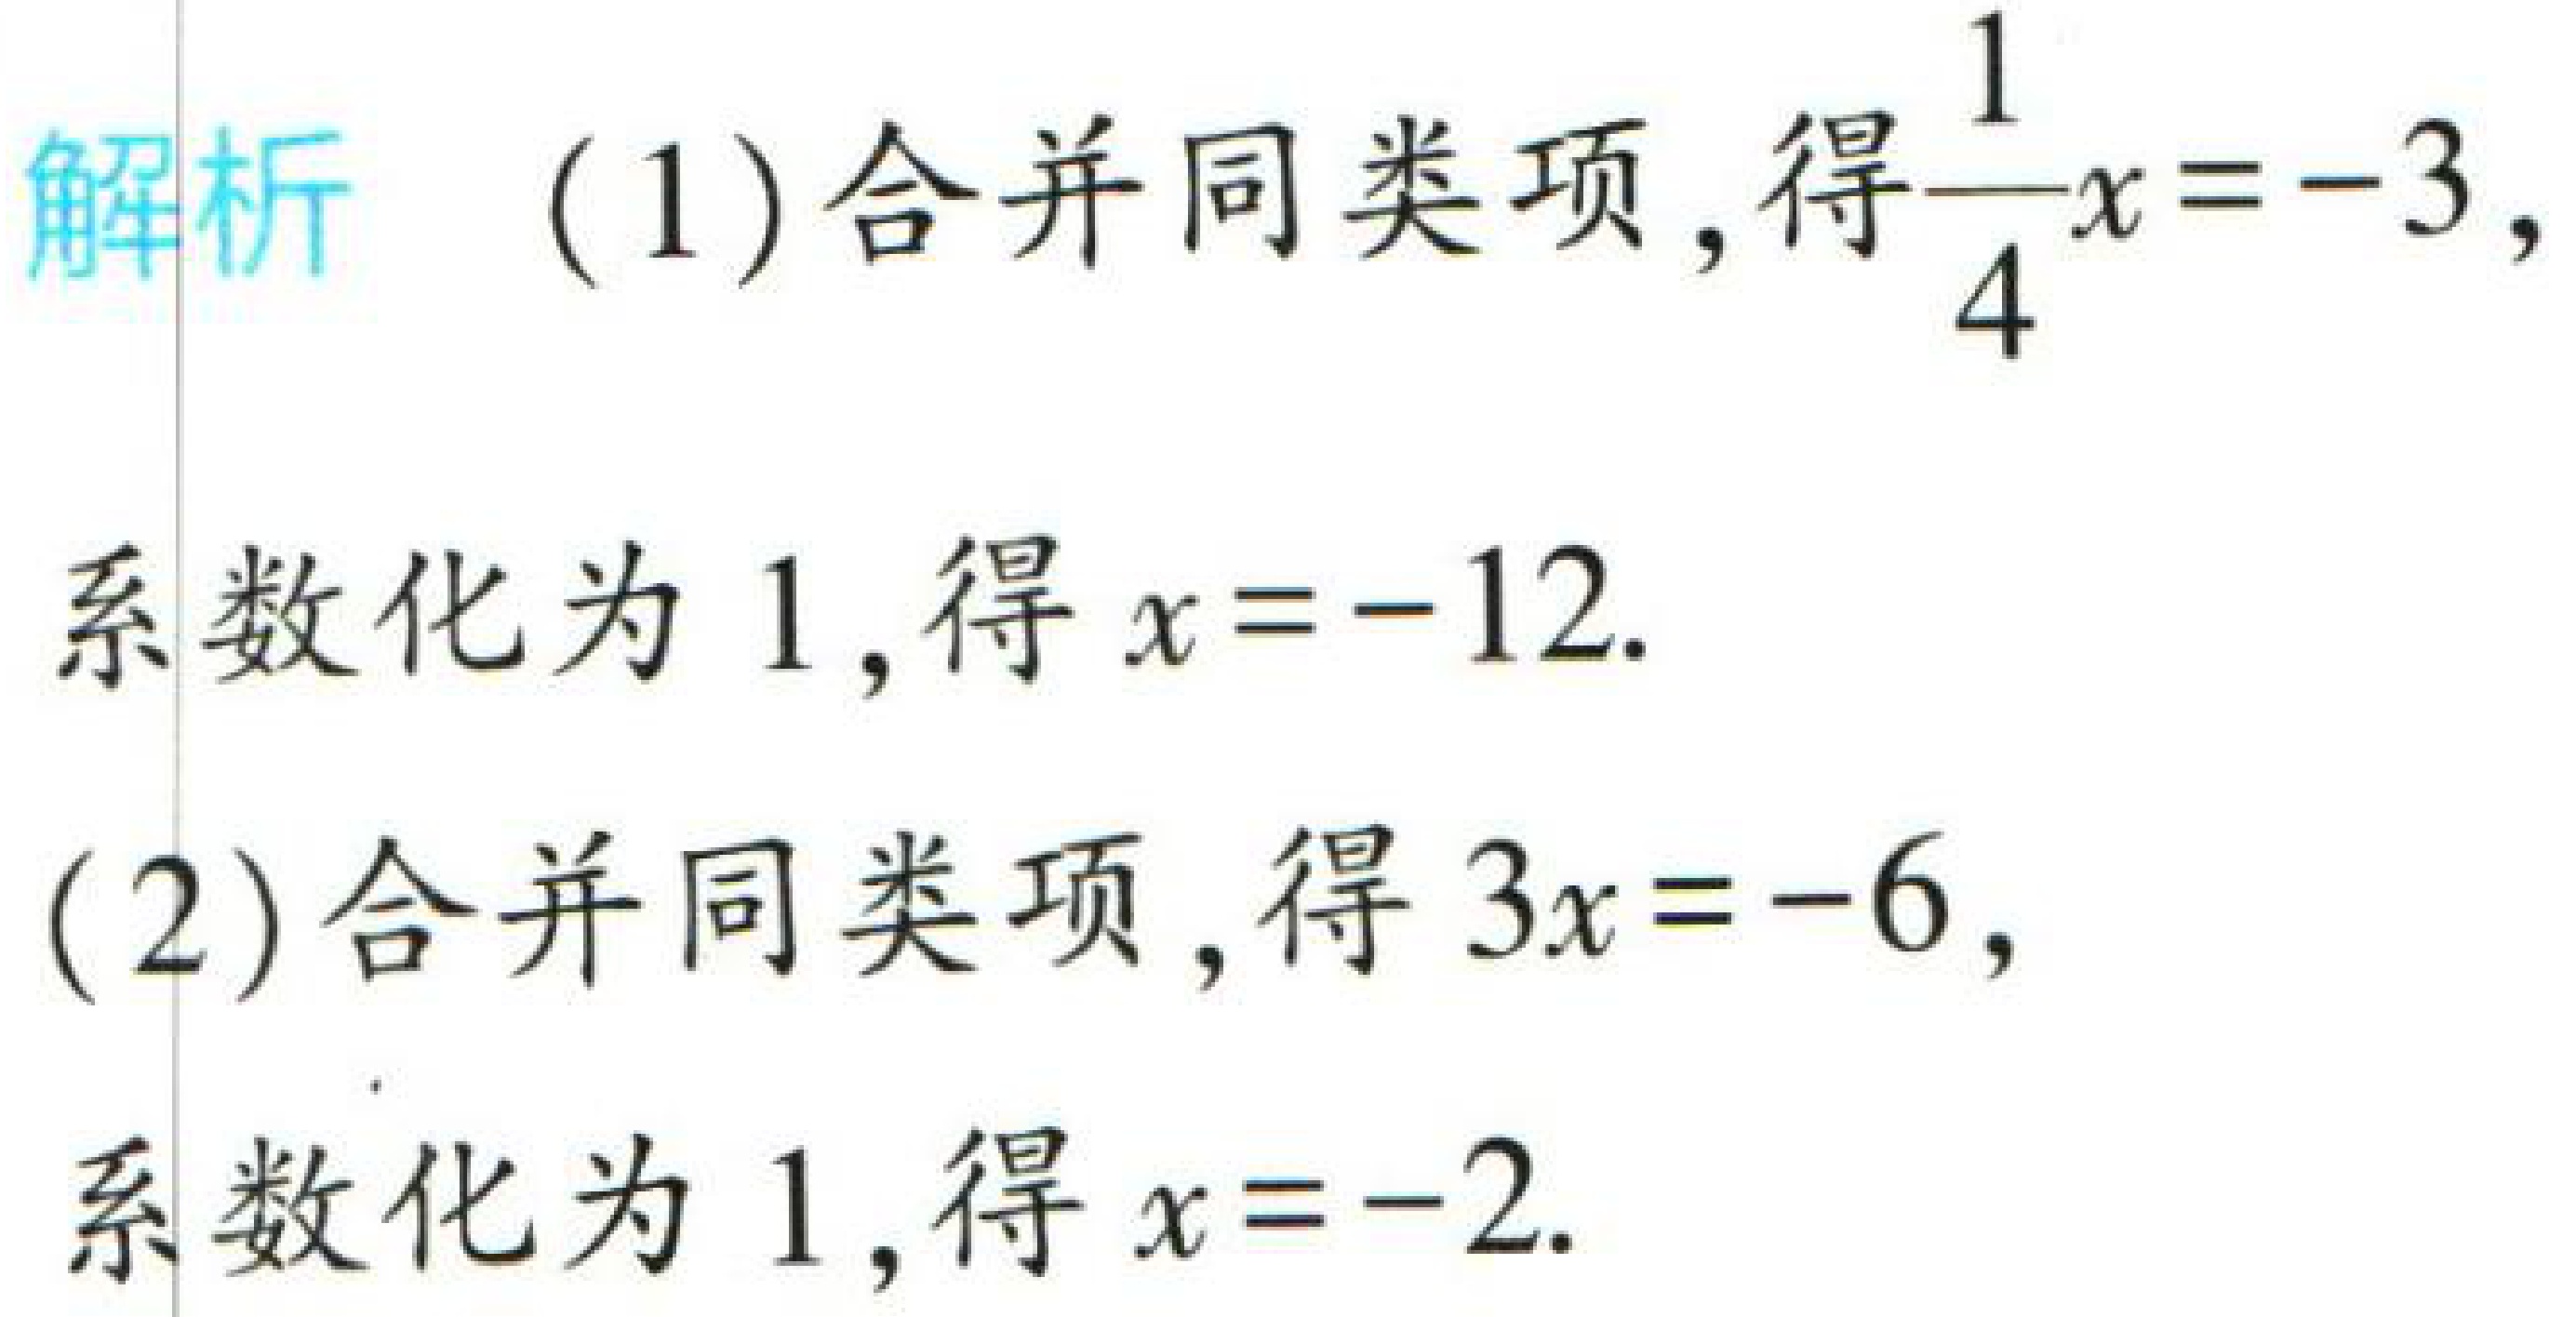
解析

(1) 合并同类项, 得$\frac{1}{4}x = -3$,

系数化为 1, 得$x = -12$.

(2) 合并同类项, 得$3x = -6$,

系数化为 1, 得$x = -2$.